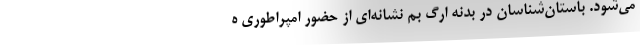
می‌شود. باستان‌شناسان در بدنه ارگ بم نشانه‌ای از حضور امپراطوری ه